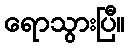
ရောသွားပြီ။